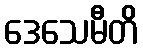
ဒေသေမီတိ